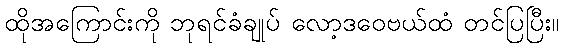
ထိုအကြောင်းကို ဘုရင်ခံချုပ် လော့ဒဝေဗယ်ထံ တင်ပြပြီး။